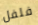
فلفل